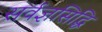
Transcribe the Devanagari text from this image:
सर्वज्ञसिद्धि